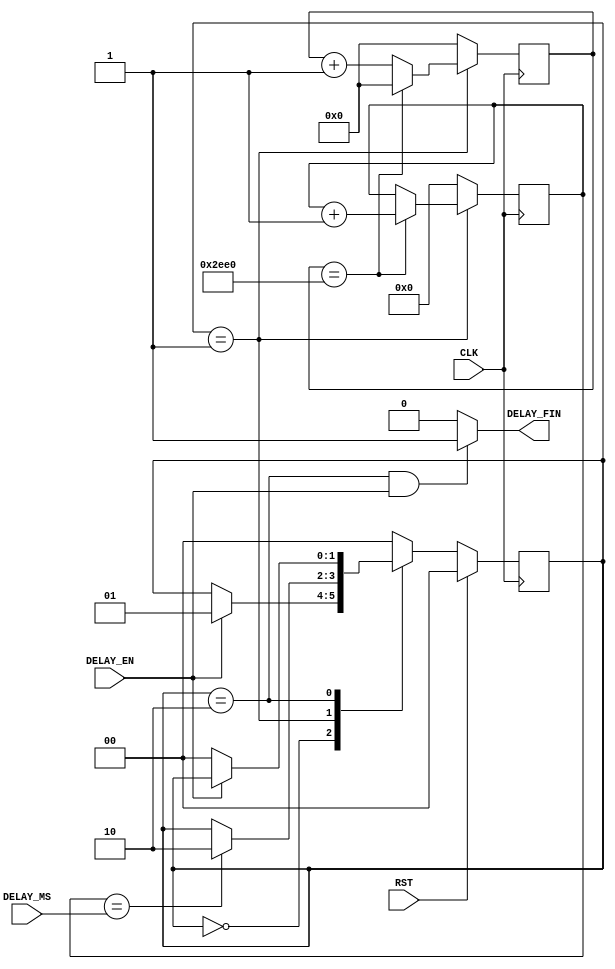
module Delay(
    CLK,
    RST,
    DELAY_MS,
    DELAY_EN,
    DELAY_FIN
    );

	// ===========================================================================
	// 										Port Declarations
	// ===========================================================================
    input CLK;
    input RST;
    input [11:0] DELAY_MS;
    input DELAY_EN;
    output DELAY_FIN;

	// ===========================================================================
	// 							  Parameters, Regsiters, and Wires
	// ===========================================================================
	wire DELAY_FIN;
					// Signal for state machine
	reg [13:0] clk_counter = 14'b00000000000000;		// Counts up on every rising edge of CLK
	reg [11:0] ms_counter = 12'h000;							// Counts up when clk_counter = 12,000
	
	parameter Idle = 2'd0, Hold = 2'd1, Done = 2'd2;
	reg [1:0] current_state = Idle;

	// ===========================================================================
	// 										Implementation
	// ===========================================================================
	assign DELAY_FIN = (current_state == Done && DELAY_EN == 1'b1) ? 1'b1 : 1'b0;
	
	//  State Machine
	always @(posedge CLK) begin
			// When RST is asserted switch to idle (synchronous)
			if(RST == 1'b1) begin
					current_state <= Idle;
			end
			else begin
					case(current_state)

							Idle : begin
									// Start delay on DELAY_EN
									if(DELAY_EN == 1'b1) begin
											current_state <= Hold;
									end
							end
							
							Hold : begin
									// Stay until DELAY_MS has occured
									if(ms_counter == DELAY_MS) begin
											current_state <= Done;
									end
							end
							
							Done : begin
									// Wait until DELAY_EN is deasserted to go to IDLE
									if(DELAY_EN == 1'b0) begin
											current_state <= Idle;
									end
							end
							
							default : current_state <= Idle;
							
					endcase
			end
	end
	//  End State Machine


	// Creates ms_counter that counts at 1KHz
	// CLK_DIV
	always @(posedge CLK) begin
			if(current_state == Hold) begin
					if(clk_counter == 14'b10111011100000) begin		// 12,000
							clk_counter <= 14'b00000000000000;
							ms_counter <= ms_counter + 1'b1;					// increments at 1KHz
					end
					else begin
							clk_counter <= clk_counter + 1'b1;
					end
			end
			else begin																// If not in the hold state reset counters
					clk_counter <= 14'b00000000000000;
					ms_counter <= 12'h000;
			end
	end

endmodule